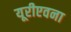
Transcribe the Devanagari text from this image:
यूरीएवना